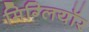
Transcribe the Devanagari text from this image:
मिग्लियॉर